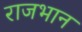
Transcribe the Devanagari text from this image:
राजभान